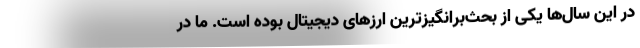
در این سال‌ها یکی از بحث‌برانگیزترین ارزهای دیجیتال بوده است. ما در